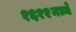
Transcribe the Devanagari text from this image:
१६१२मध्ये